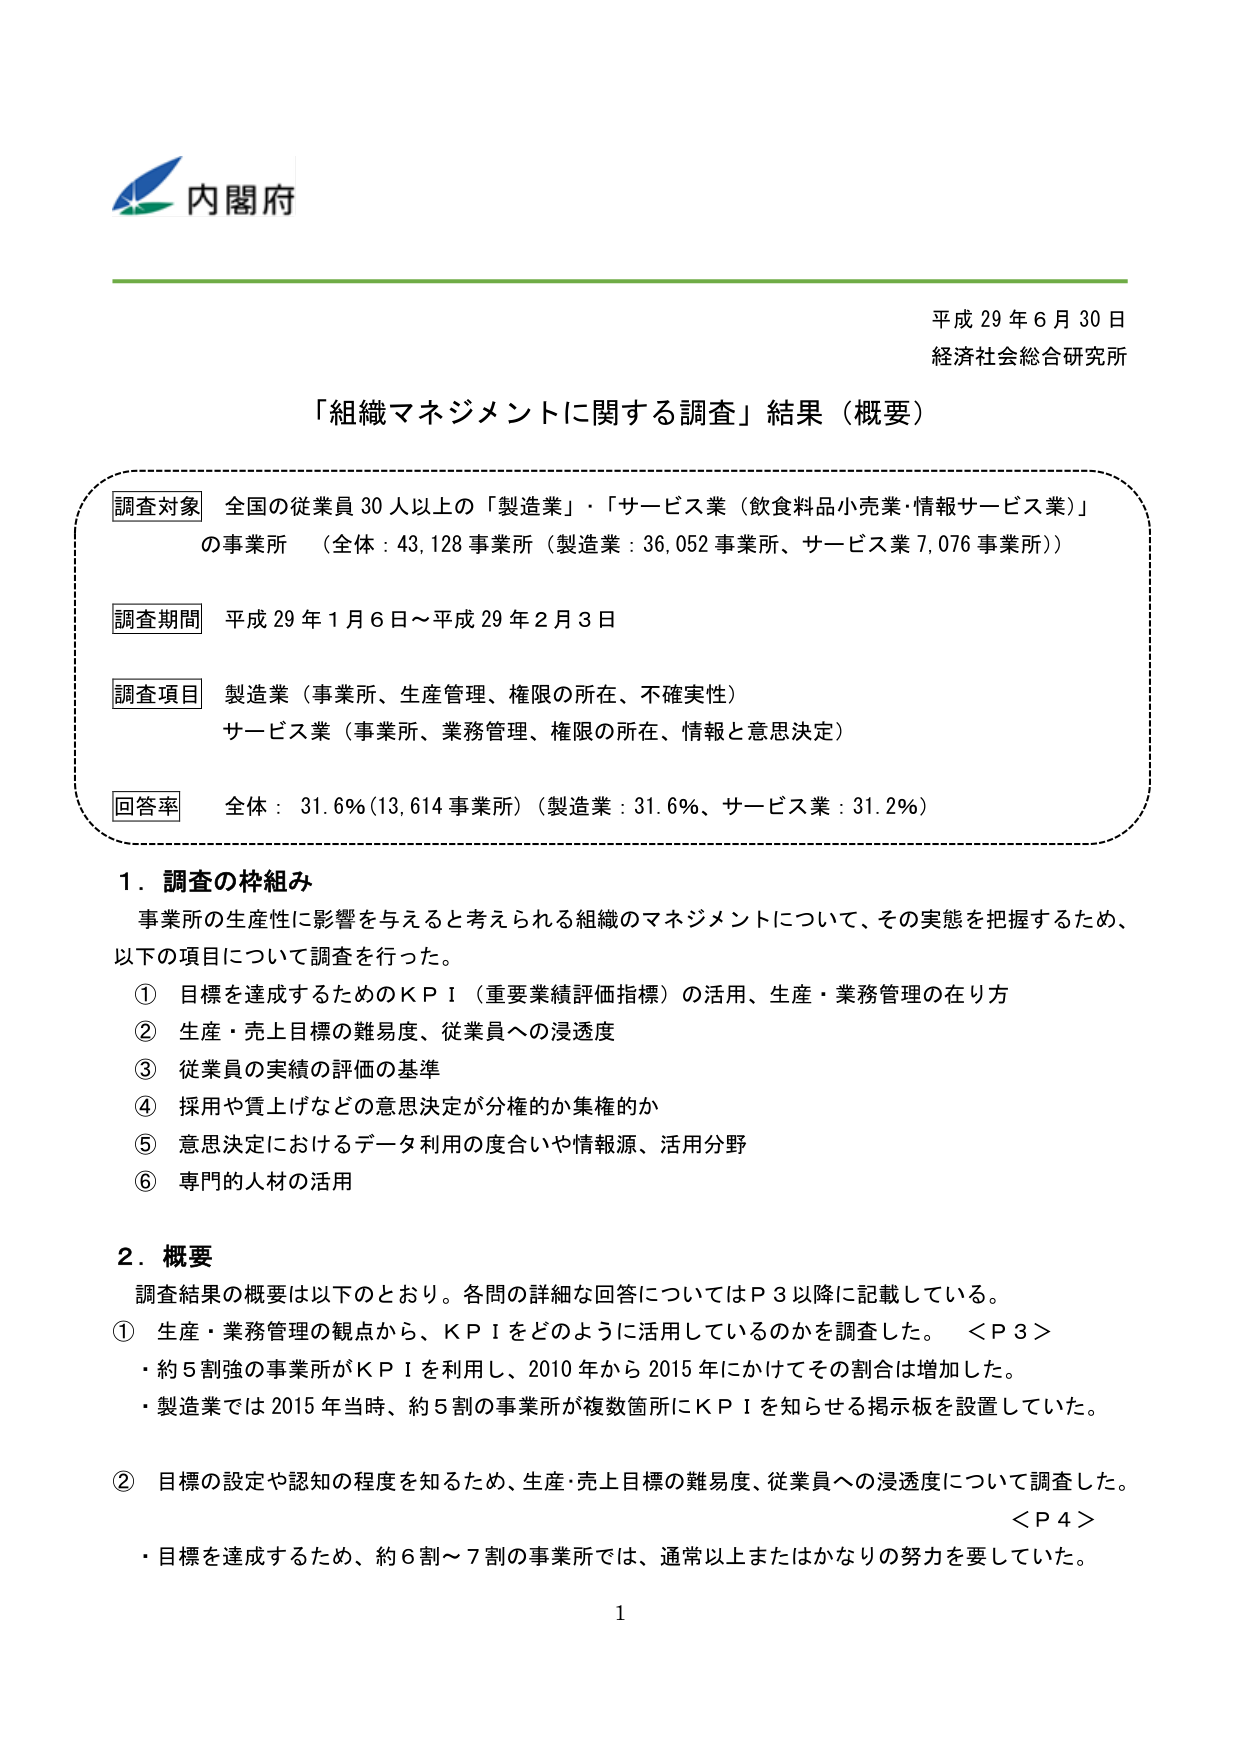
内閣府

平成29年6月30日
経済社会総合研究所

「組織マネジメントに関する調査」結果（概要）

調査対象　全国の従業員30人以上の「製造業」・「サービス業（飲食料品小売業・情報サービス業）」
の事業所　（全体：43,128事業所（製造業：36,052事業所、サービス業7,076事業所））

調査期間　平成29年1月6日～平成29年2月3日

調査項目　製造業（事業所、生産管理、権限の所在、不確実性）
　　　　　サービス業（事業所、業務管理、権限の所在、情報と意思決定）

回答率　全体：31.6%（13,614事業所）（製造業：31.6%、サービス業：31.2%）

1．調査の枠組み
　事業所の生産性に影響を与えると考えられる組織のマネジメントについて、その実態を把握するため、
　以下の項目について調査を行った。
　①　目標を達成するためのＫＰＩ（重要業績評価指標）の活用、生産・業務管理の在り方
　②　生産・売上目標の難易度、従業員への浸透度
　③　従業員の実績の評価の基準
　④　採用や賃上げなどの意思決定が分権的か集権的か
　⑤　意思決定におけるデータ利用の度合いや情報源、活用分野
　⑥　専門的人材の活用

2．概要
　調査結果の概要は以下のとおり。各問の詳細な回答についてはＰ3以降に記載している。
　①　生産・業務管理の観点から、ＫＰＩをどのように活用しているのかを調査した。　＜Ｐ3＞
　　・約5割強の事業所がＫＰＩを利用し、2010年から2015年にかけてその割合は増加した。
　　・製造業では2015年当時、約5割の事業所が複数箇所にＫＰＩを知らせる掲示板を設置していた。
　②　目標の設定や認知の程度を知るため、生産・売上目標の難易度、従業員への浸透度について調査した。　＜Ｐ4＞
　　・目標を達成するため、約6割～7割の事業所では、通常以上またはかなりの努力を要していた。

1